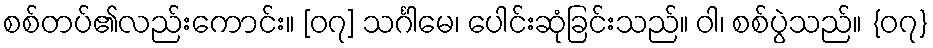
စစ်တပ်၏လည်းကောင်း။ [၀၇] သင်္ဂါမေ၊ ပေါင်းဆုံခြင်းသည်။ ဝါ၊ စစ်ပွဲသည်။ {၀၇}